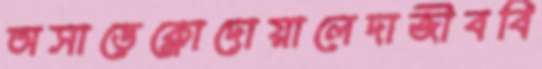
অসাড়েক্লোদোয়ালেদাজীববি